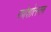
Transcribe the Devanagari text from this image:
गणेशोत्स्तव